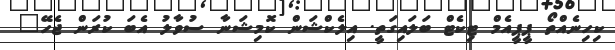
ކިހިނެއްތޯ ޕީޕީއެމް ޓިކެޓް ބަލައިގަތީ. އިލެކްޝަން ކޮމިޝަނާ ސުވާލު އެބަ ކުރަން ޖެހޭ"